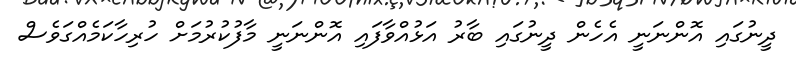
ދީނުގައި އޮންނަނީ އެހެން ދީނުގައި ބާރު އަޅުއްވާފައި އޮންނަނީ މާފުކުރުމަށް ހުރިހާކަމެއްގަވެސް